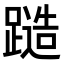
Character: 𨄹